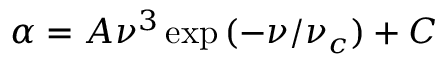
\alpha = A \nu ^ { 3 } \exp { ( - \nu / \nu _ { c } ) } + C